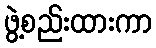
ဖွဲ့စည်းထားကာ